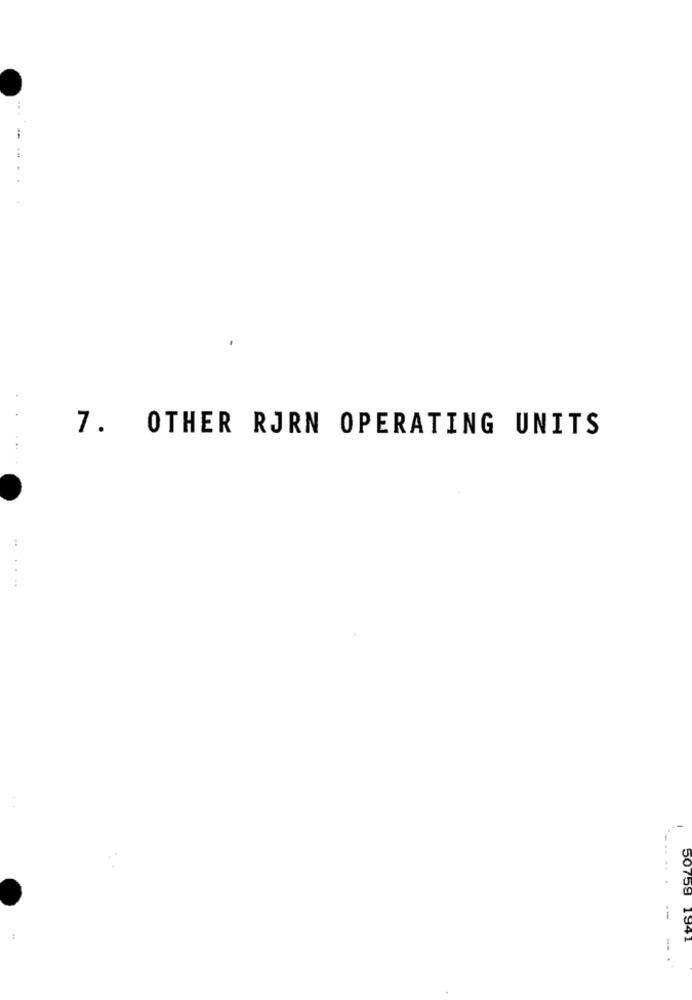
..
7. OTHER RJRN OPERATING UNITS
-
--
50759 1941